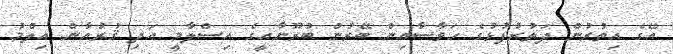
އޭގެ އިތުރުން ދަތުރުފުޅުގެ ހަވާސާއިން ބޭރުން ބުރޫނާއީގެ އިސްލާމީ އަދި ޤުރުއާން އިލްމު